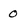
Character: 0